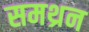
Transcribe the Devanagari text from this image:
समथ्रन